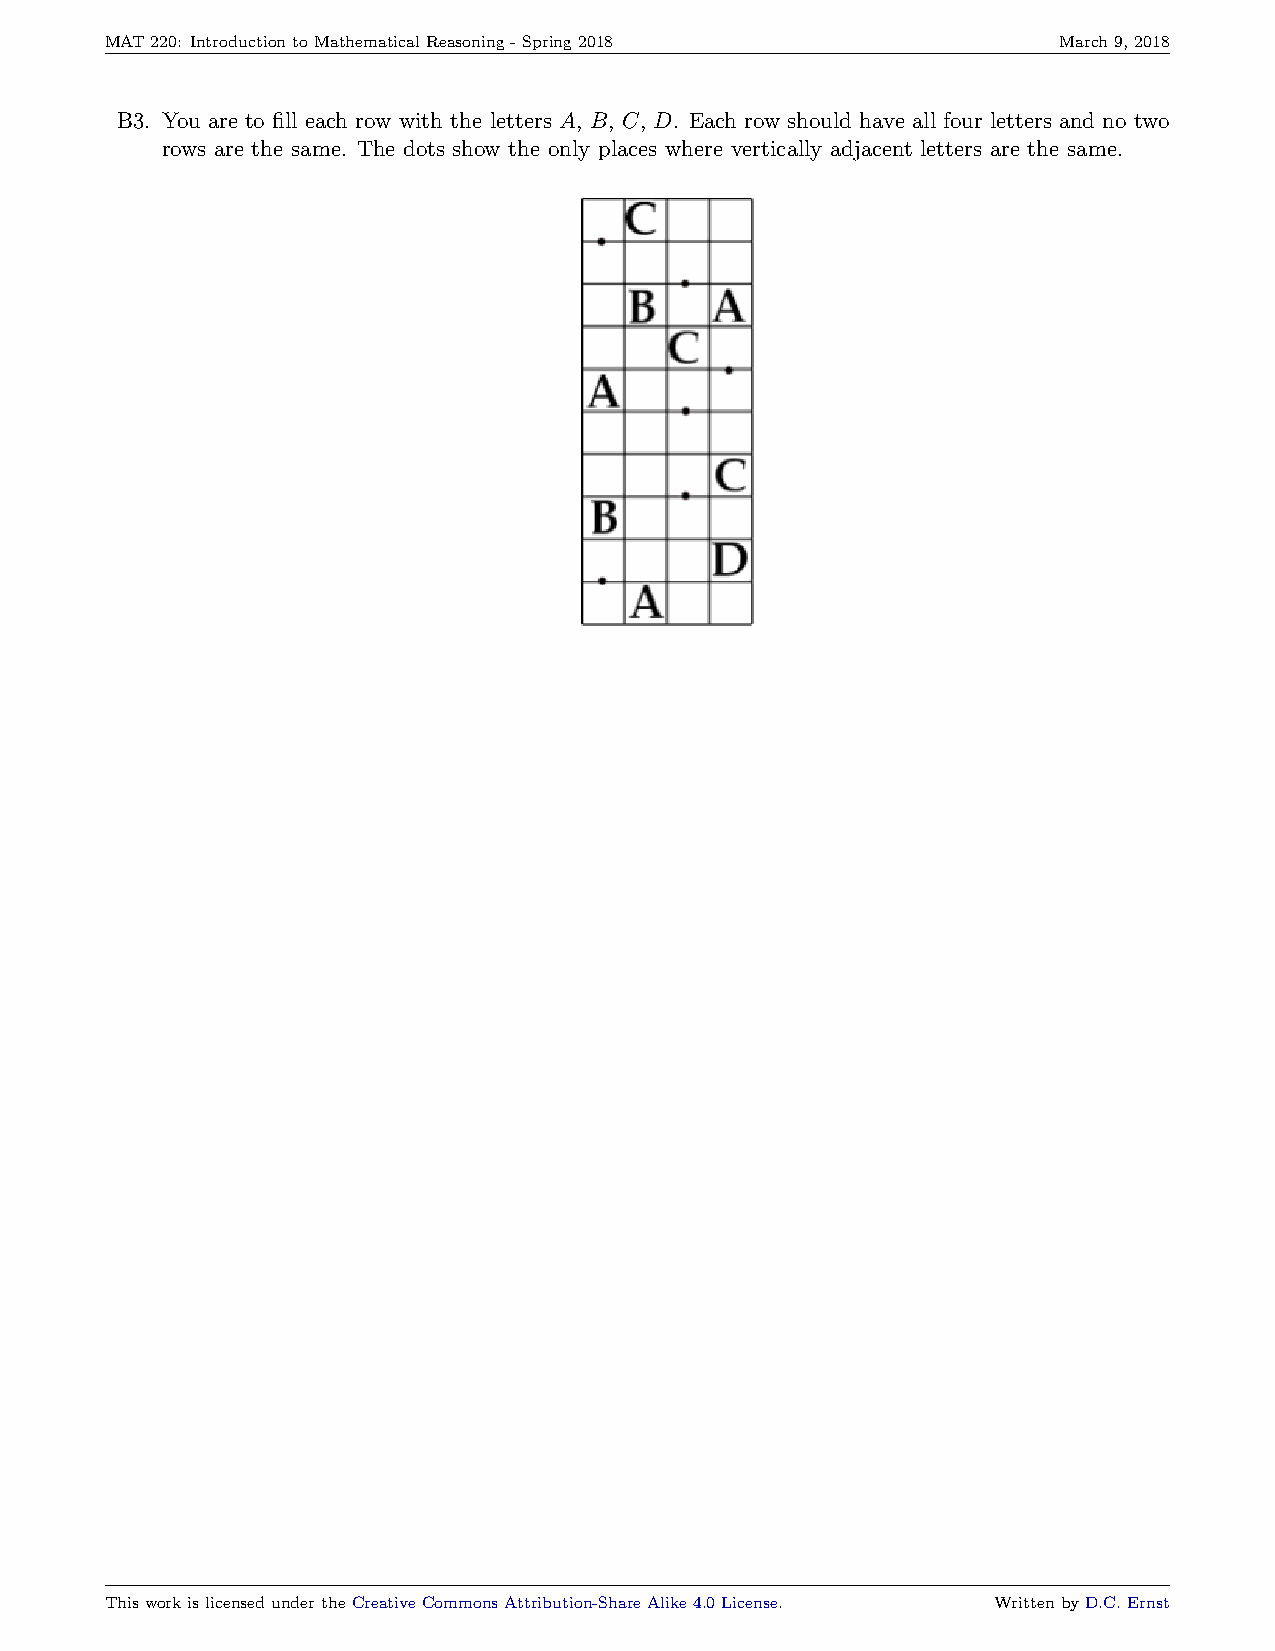
MAT220: IntroductiontoMathematicalReasoning-Spring2018         March9,2018
 B3. You are to fill each row with the letters A, B, C, D. Each row should have all four letters and no two
 rows are the same. The dots show the only places where vertically adjacent letters are the same.
 ThisworkislicensedundertheCreativeCommonsAttribution-ShareAlike4.0License. WrittenbyD.C.Ernst